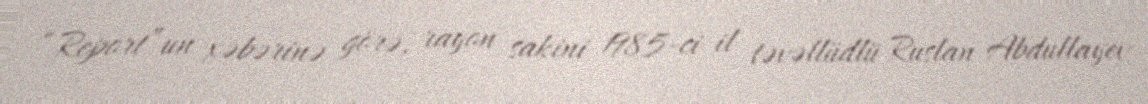
“Report”un xəbərinə görə, rayon sakini 1985-ci il təvəllüdlü Ruslan Abdullayev